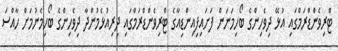
ޓްރިވެންޑްރަމްގައި އުޅޭ ދިވެހިންގެ ބޯހިމަނަން ފަށައިފިއިންޑިއާގެ ޓްރިވެންޑްރަމްގައި ދިރިއުޅެމުންދާ ދިވެހިންގެ ބޯހިމެނުމަށް ހާއްސަ